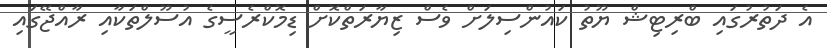
އެ ދަތުރުގައި ބްރިޓިޝް ޔޫތު ކައުންސިލަށް ވެސް ޒިޔާރަތްކޮށް ޑިމޮކްރެސީގެ އުސޫލްތަކާއި ރާއްޖޭގައި